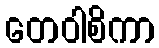
တေဝါစိကာ